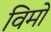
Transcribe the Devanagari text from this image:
विमों